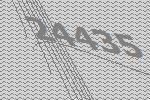
24435